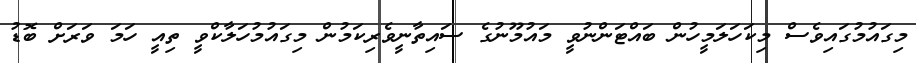
މިގައުމުގައިވެސް މިކަހަލަމީހުން ބައްޓަންނުވީ މައުމޫނުގެ ސައިތާނީވެރިކަމުން މިގައުމުހަލާކްވީ ތިއީ ހަމަ ވަރަށް ބޮޑު